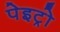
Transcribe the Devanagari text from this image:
पेइट्रो